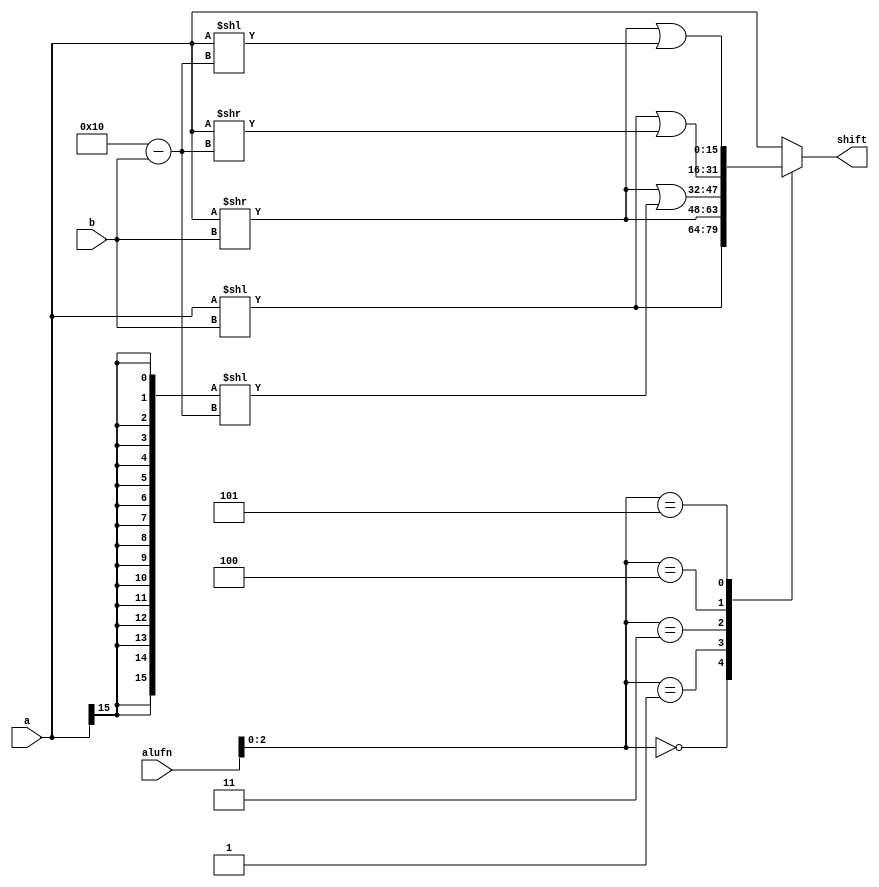
/*
   This file was generated automatically by the Mojo IDE version B1.3.6.
   Do not edit this file directly. Instead edit the original Lucid source.
   This is a temporary file and any changes made to it will be destroyed.
*/

module alu_shift16_10 (
    input [15:0] a,
    input [3:0] b,
    input [5:0] alufn,
    output reg [15:0] shift
  );
  
  
  
  always @* begin
    shift = a;
    
    case (alufn[0+2-:3])
      3'h0: begin
        shift = a << b[0+3-:4];
      end
      3'h1: begin
        shift = a >> b[0+3-:4];
      end
      3'h3: begin
        shift = (a >> b[0+3-:4] | {5'h10{a[15+0-:1]}} << 5'h10 - b[0+3-:4]);
      end
      3'h4: begin
        shift = (a << b[0+3-:4] | a >> 5'h10 - b[0+3-:4]);
      end
      3'h5: begin
        shift = (a >> b[0+3-:4] | a << 5'h10 - b[0+3-:4]);
      end
    endcase
  end
endmodule